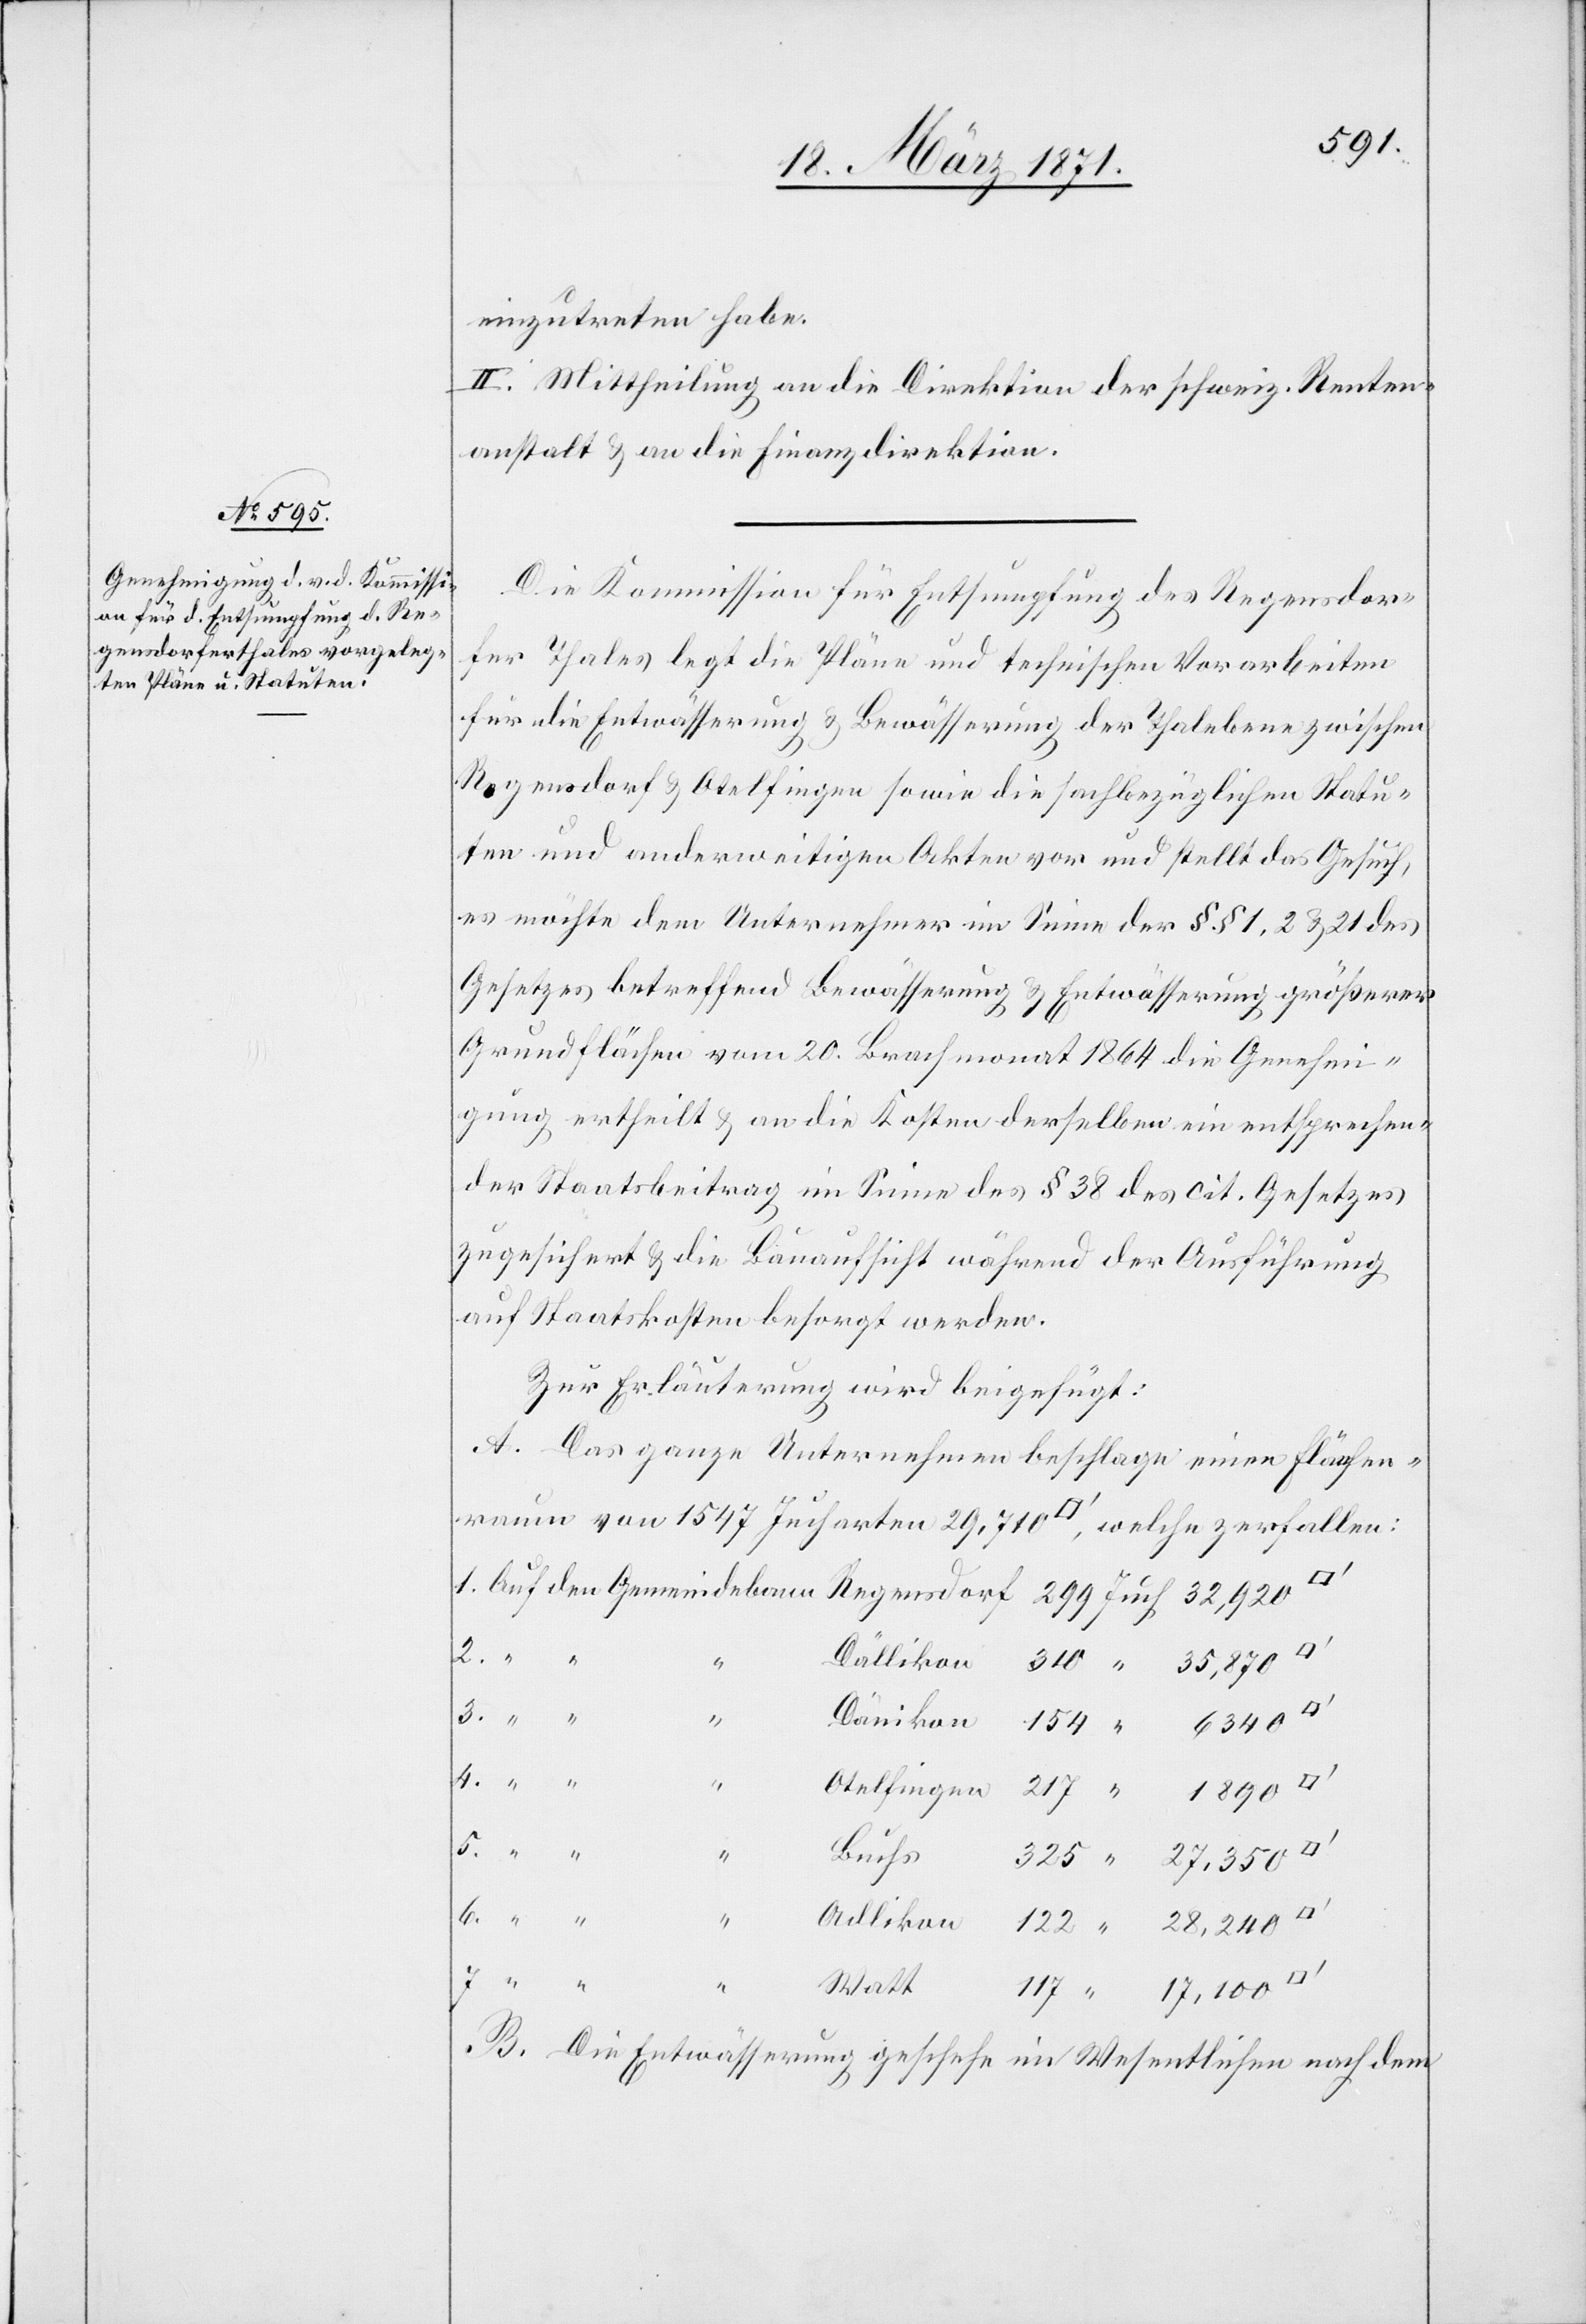
Die Kommission für Entsumpfung des Regensdor¬
fer Thales legt die Pläne und technischen Vorarbeiten
für die Entwässerung u. Bewässerung der Thalebene zwischen
Regensdorf u. Otelfingen sowie die sachbezüglichen Statu¬
ten und anderweitige Akten vor und stellt das Gesuch,
es möchte dem Unternehmer im Sinne der §§ 1, 2 u. 21 des
Gesetzes betreffend Bewässerung u. Entwässerung größerer
Grundflächen vom 20. Brachmonat 1864 die Genehmi¬
gung ertheilt u. an die Kosten derselben ein entsprechen¬
der Staatsbeitrag im Sinne des § 38 des cit. Gesetzes
zugesichert u. die Bauaufsicht während der Ausführung
auf Staatskosten besorgt werden.
Zur Erläuterung wird beigefügt:
A. Das ganze Unternehmen beschlage einen Flächen¬
raum von 1547 Jucharten 29,710 [Quadratfuss], welche zerfallen:
2.
5.
325
6.
7.
“
Watt
B. Die Entwässerung geschehe im Wesentlichen nach dem